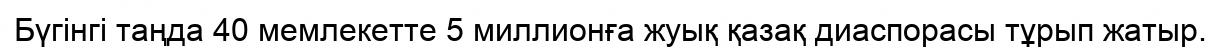
Бүгінгі таңда 40 мемлекетте 5 миллионға жуық қазақ диаспорасы тұрып жатыр.